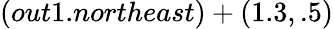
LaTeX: (out1.northeast)+(1.3,.5)